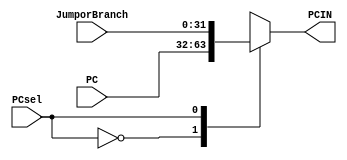
module PCmux(
    PC,
    JumporBranch,
    PCsel,
    PCIN
);
    input wire [31:0] PC;
    input wire [31:0] JumporBranch;
    input wire PCsel; 
    output reg [31:0] PCIN;

    always @* begin
    case(PCsel)
        1'b0:  PCIN <= PC;
        1'b1:  PCIN <= JumporBranch;
        default:PCIN <= PC;
    endcase
    end

endmodule